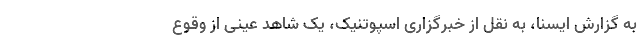
به گزارش ایسنا، به نقل از خبرگزاری اسپوتنیک، یک شاهد عینی از وقوع